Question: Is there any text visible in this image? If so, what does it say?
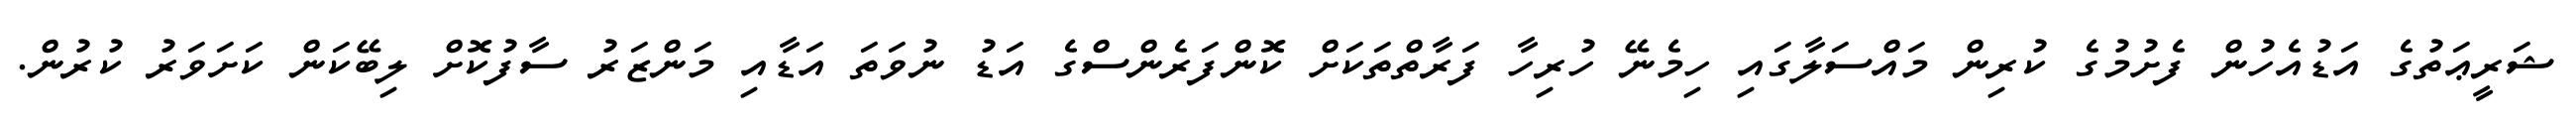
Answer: ޝަރީޢަތުގެ އަޑުއެހުން ފެށުމުގެ ކުރިން މައްސަލާގައި ހިމެނޭ ހުރިހާ ފަރާތްތަކަށް ކޮންފަރެންސްގެ އަޑު ނުވަތަ އަޑާއި މަންޒަރު ސާފުކޮށް ލިބޭކަން ކަށަވަރު ކުރުން.